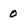
Character: 0